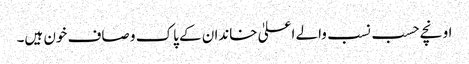
اونچے حسب نسب والے اعلیٰ خاندان کے پاک و صاف خون ہیں۔